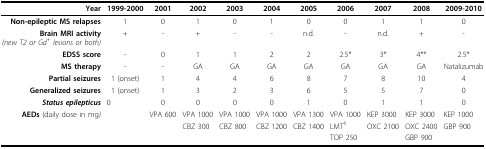
| Year | 1999-2000 | 2001 | 2002 | 2003 | 2004 | 2005 | 2006 | 2007 | 2008 | 2009-2010 |
 | --- | --- | --- | --- | --- | --- | --- | --- | --- | --- | --- |
 | Non-epileptic MS relapses | 1 | 0 | 1 | 0 | 1 | 0 | 0 | 1 | 1 | 0 |
 | Brain MRI activity(new T2 or Gd+ lesions or both) | + | - | + | - | - | n.d. | - | n.d. | + | - |
 | EDSS score | - | 0 | 1 | 1 | 2 | 2 | 2.5* | 3* | 4** | 2.5* |
 | MS therapy | - | - | GA | GA | GA | GA | GA | GA | GA | Natalizumab |
 | Partial seizures | 1 (onset) | 1 | 4 | 4 | 6 | 8 | 7 | 8 | 10 | 4 |
 | Generalized seizures | 1 (onset) | 1 | 3 | 2 | 3 | 6 | 5 | 5 | 7 | 0 |
 | Status epilepticus | 0 | 0 | 0 | 0 | 0 | 1 | 0 | 1 | 1 | 0 |
 | AEDs (daily dose in mg) |  | VPA 600 | VPA 1000 | VPA 1000 | VPA 1000 | VPA 1300 | VPA 1000 | KEP 3000 | KEP 3000 | KEP 1000 |
 |  |  |  | CBZ 300 | CBZ 800 | CBZ 1200 | CBZ 1400 | LMT§ | OXC 2100 | OXC 2400 | GBP 900 |
 |  |  |  |  |  |  |  | TOP 250 |  | GBP 900 |  |